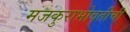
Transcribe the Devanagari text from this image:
मजकुराभोवतीची